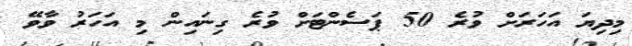
މިދިޔަ އަހަރަށް ވުރެ 50 ޕަސެންޓަށް ވުރެ ގިނައިން މި އަހަރު ވާވޭ